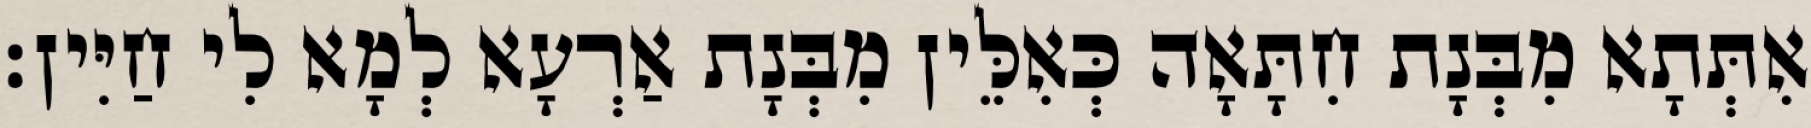
אִתְּתָא מִבְּנָת חִתָּאָה כְּאִלֵּין מִבְּנָת אַרְעָא לְמָא לִי חַיִּין׃